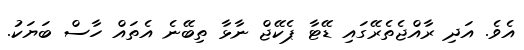
އެވެ. އަދި ރާއްޖެތެރޭގައި ޑޭޓާ ޕެކޭޖް ނާޅާ ތިބޭނެ އެތައް ހާސް ބަޔަކު.